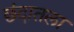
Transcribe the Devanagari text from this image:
छंदातला